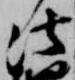
法